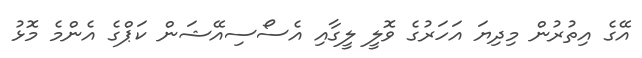
އޭގެ އިތުރުން މިދިޔަ އަހަރުގެ ވޮލީ ލީގާއި އެސޯސިއޭޝަން ކަޕްގެ އެންމެ މޮޅު